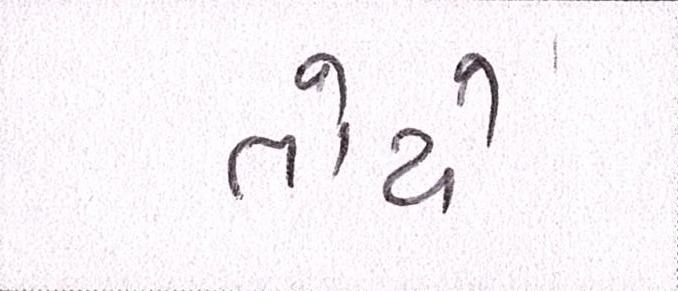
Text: તોયે